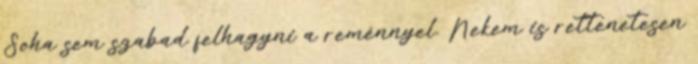
Soha sem szabad felhagyni a reménnyel. Nekem is rettenetesen